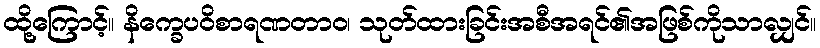
ထို့ကြောင့်။ နိက္ခေပဝိစာရဏတာဝ၊ သုတ်ထားခြင်းအစီအရင်၏အဖြစ်ကိုသာလျှင်။